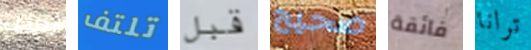
بعض تلتف قبل صحيح فائقة ترانا